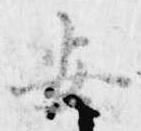
安